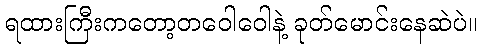
ရထားကြီးကတော့တဝေါဝေါနဲ့ ခုတ်မောင်းနေဆဲပဲ။